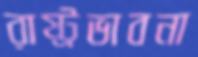
রাষ্ট্রভাবনা